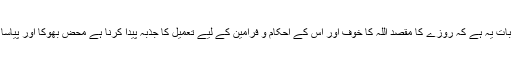
غور طلب بات یہ ہے کہ روزے کا مقصد اللہ کا خوف اور اس کے احکام و فرامین کے لیے تعمیل کا جذبہ پیدا کرنا ہے محض بھوکا اور پیاسا رہنا نہیں ۔